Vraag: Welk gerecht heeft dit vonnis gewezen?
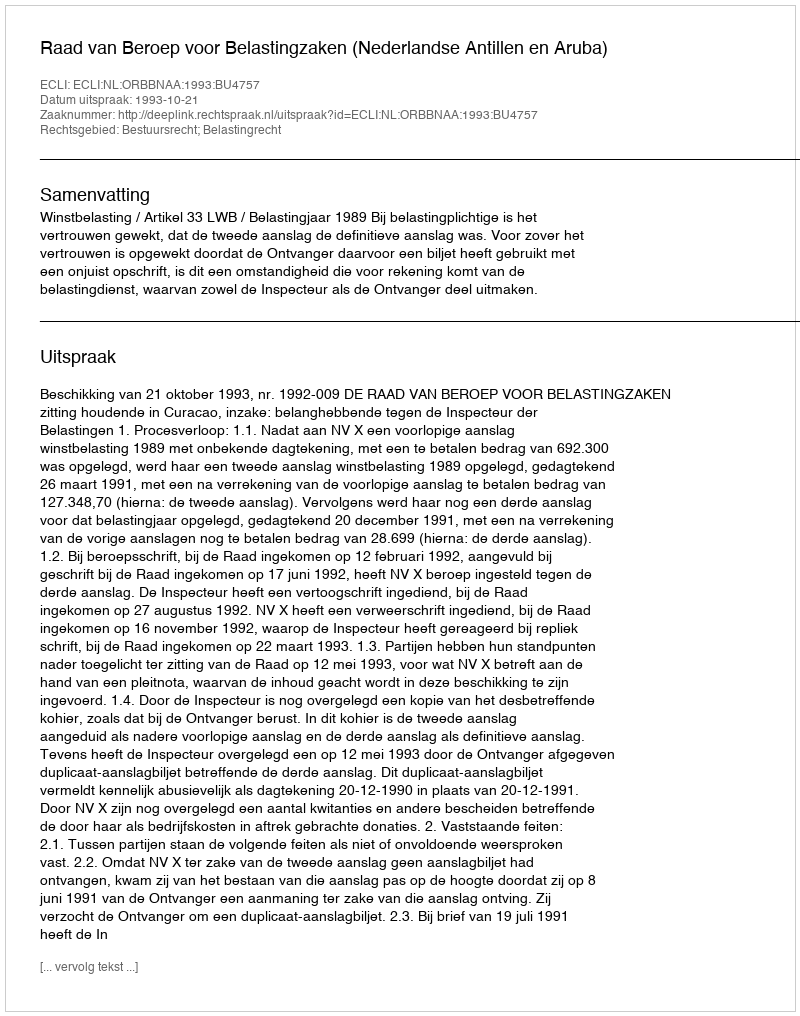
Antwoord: Raad van Beroep voor Belastingzaken (Nederlandse Antillen en Aruba)